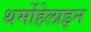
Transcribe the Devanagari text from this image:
थर्मोहेलाइन